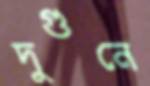
দুগুনে